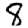
Digit: 8